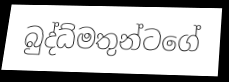
බුද්ධ්මතුන්ටගේ